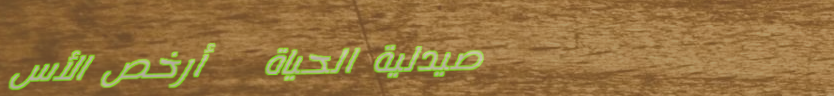
صيدلية الحياة   أرخص الأس